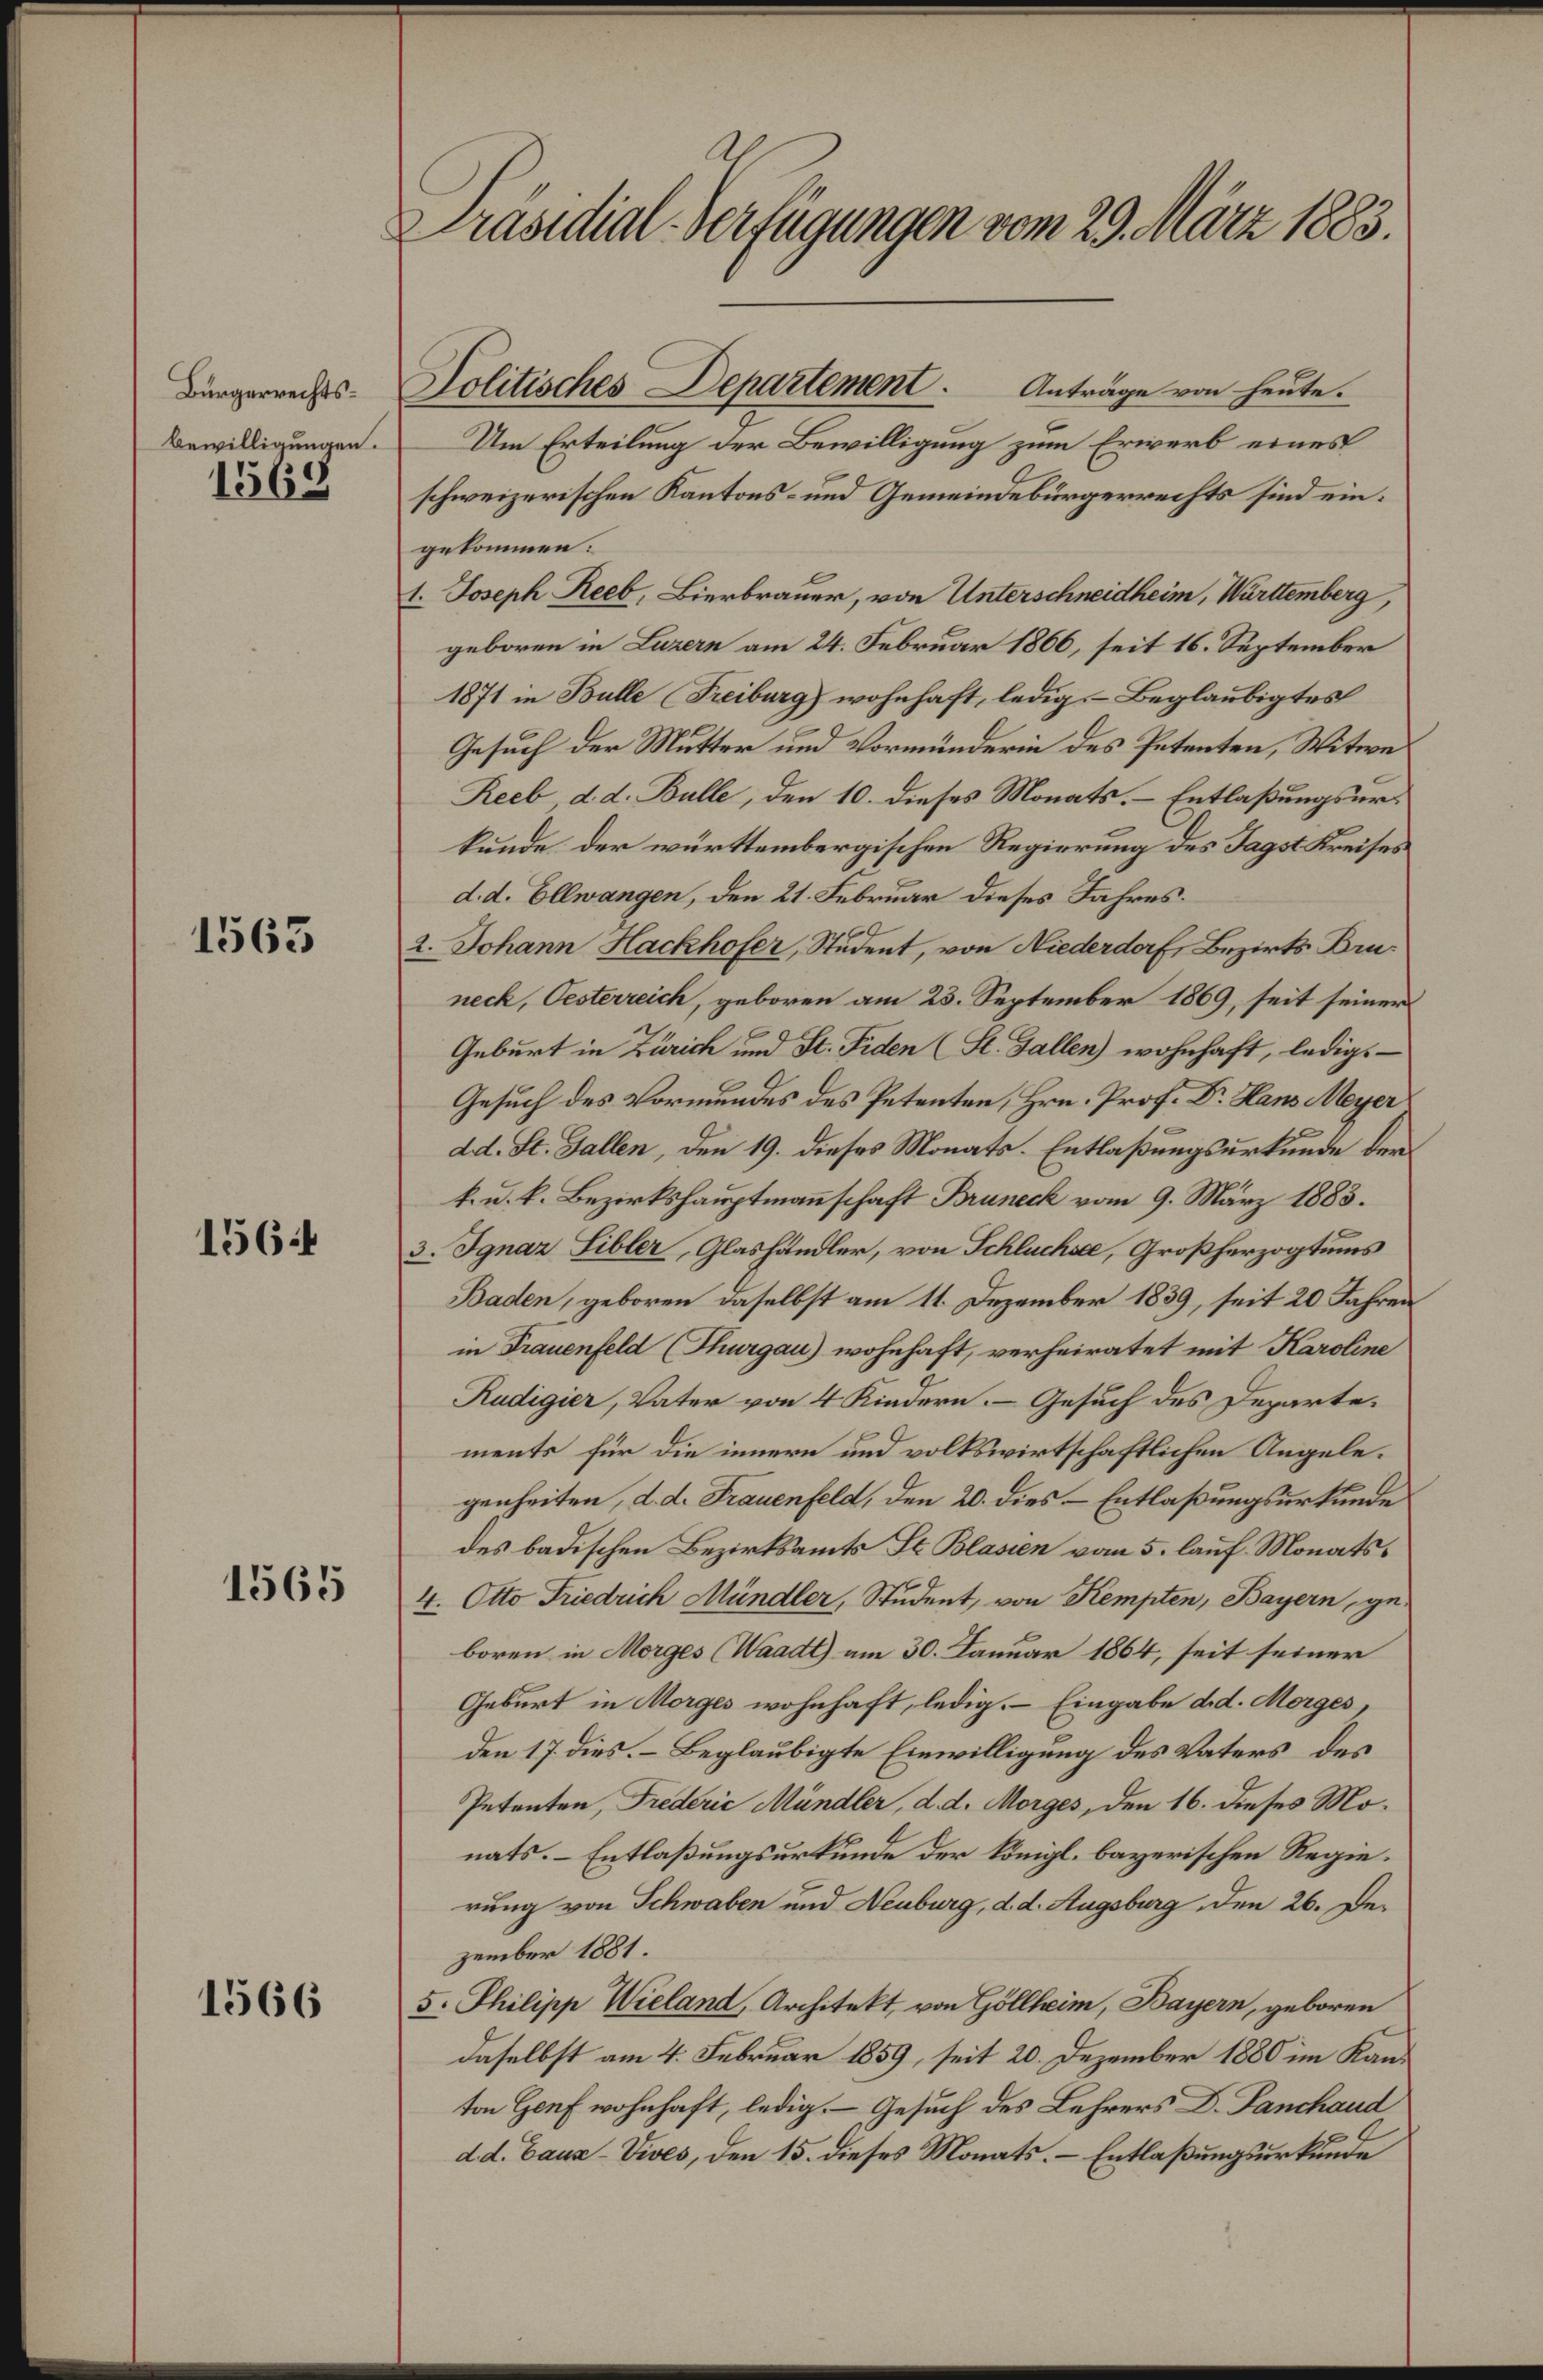
Bürgerrechts¬
Bewilligungen.

1568

1563

1561

1565

1566

Präsidial-Verfügungen vom 29. März 1883.

Um Erteilung der Bewilligung zum Erwerb eines
schweizerischen Kantons- und Gemeindebürgerrechts sind ein:
gekommen.
1. Joseph Reeb, Bierbrauer, von Unterschneidheim, Württemberg,
geboren in Luzern am 24. Februar 1866, seit 16. September
1871 in Bulle Freiburg) wohnhaft, ledig, Beglaubigtes
Gesuch der Mutter und Vormünderin des Petenten, Witwe
Reeb d. d. Bulle, den 10. dieses Monats. – Entlaßungsurkunde der württembergischen Regierung des Tagst Kreises
d. d. Ellwangen, den 21. Februar dieses Jahres.
2. Johann Hackhofer, Student, von Niederdorf, Bezirks Bruneck, Oesterreich, geboren am 23. September 1869, seit seiner
Geburt in Zürich und St. Fiden (St. Gallen) wohnhaft, ledigs
Gesuch des Vormundes des Petenten, Hrn. Prof. Dr. Hans Meyer
dd. St. Gallen, den 19. dieses Monats. Entlaßungsurkunde der
k. u. k. Bezirkshauptmannschaft Bruneck vom 9. März 1883.
3. Ignaz Sibler, Glashändler, von Schluchs, Großherzogtums
Baden, geboren daselbst am 11. Dezember 1839, seit 20 Jahren
in Frauenfeld (Thurgau) wohnhaft, verheiratet mit Karoline
Rudigier, Vater von 4 Kindern. Gesuch des Departements für die innern und volkswirtschaftlichen Angelegenheiten, d. d. Frauenfeld, den 20. dies - Entlaßungsurkunde
des badischen Bezirksamts St. Blasien vom 5. lauf. Monats¬
4. Otto Friedrich Mündler, Student, von Kempten, Bayern, geboren in Morges (Waadt) am 30. Januar 1864, seit seiner
Geburt in Morges wohnhaft, ledig. – Eingabe d. d. Morges,
den 17. dies. – Beglaubigte Einwilligung des Vaters des
Petenten, Frederić Mündler, d. d. Morges, den 16. dieses Monats. Entlaßungsurkunde der Königl. bayerischen Regierung von Schwaben und Neuburg, d. d. Augsburg, den 26. Dezember 1881.
5. Philipp Wieland, Architekt, von Göllheim, Bayern, geboren
daselbst am 4. Februar 1859, seit 20. Dezember 1880 im Kanton Genf wohnhaft, ledig. Gesuch des Lehrers D. Fanchand
dd. Bauz-Vives, den 15. dieses Monats. – Entlaßungsurkunde

Politisches Departement. Anträge von heute.